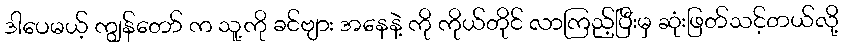
ဒါပေမယ့် ကျွန်တော် က သူ့ကို ခင်ဗျား အနေနဲ့ ကို ကိုယ်တိုင် လာကြည့်ပြီးမှ ဆုံးဖြတ်သင့်တယ်လို့